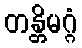
တန္တိမဂ္ဂံ